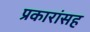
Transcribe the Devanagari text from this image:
प्रकारांसह